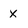
Character: X